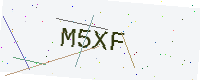
Text: M5XF